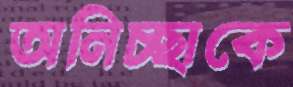
অনিচ্ছাকে